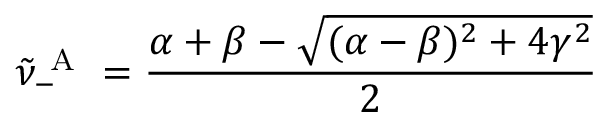
\tilde { \nu } _ { - } ^ { \mathrm { ~ A ~ } } = \frac { \alpha + \beta - \sqrt { ( \alpha - \beta ) ^ { 2 } + 4 \gamma ^ { 2 } } } { 2 }